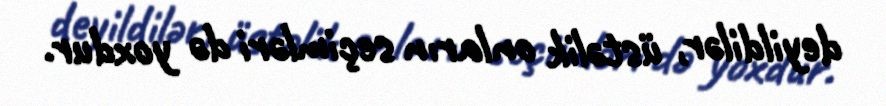
deyildilər, üstəlik onların seçimləri də yoxdur.